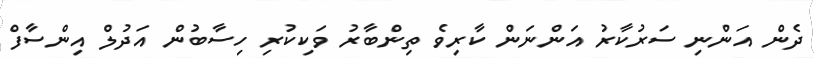
ދެން އަންނި ސަރުކާރު އަންނަން ކާރިވެ ތިންބާރު ވަކިކުރި ހިސާބުން އަދުލް އިންސާފް